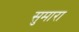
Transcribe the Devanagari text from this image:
सुमारा